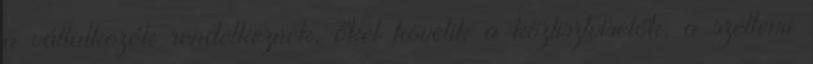
a vállalkozók rendelkeznek, őket követik a köztisztviselők, a szellemi